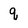
Character: q